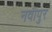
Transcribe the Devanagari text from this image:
नवीपुर